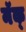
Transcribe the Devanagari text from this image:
मॅक्